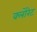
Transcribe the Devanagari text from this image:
क्‍लोरेट